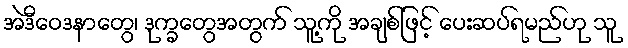
အဲဒီဝေဒနာတွေ၊ ဒုက္ခတွေအတွက် သူ့ကို အချစ်ဖြင့် ပေးဆပ်ရမည်ဟု သူ